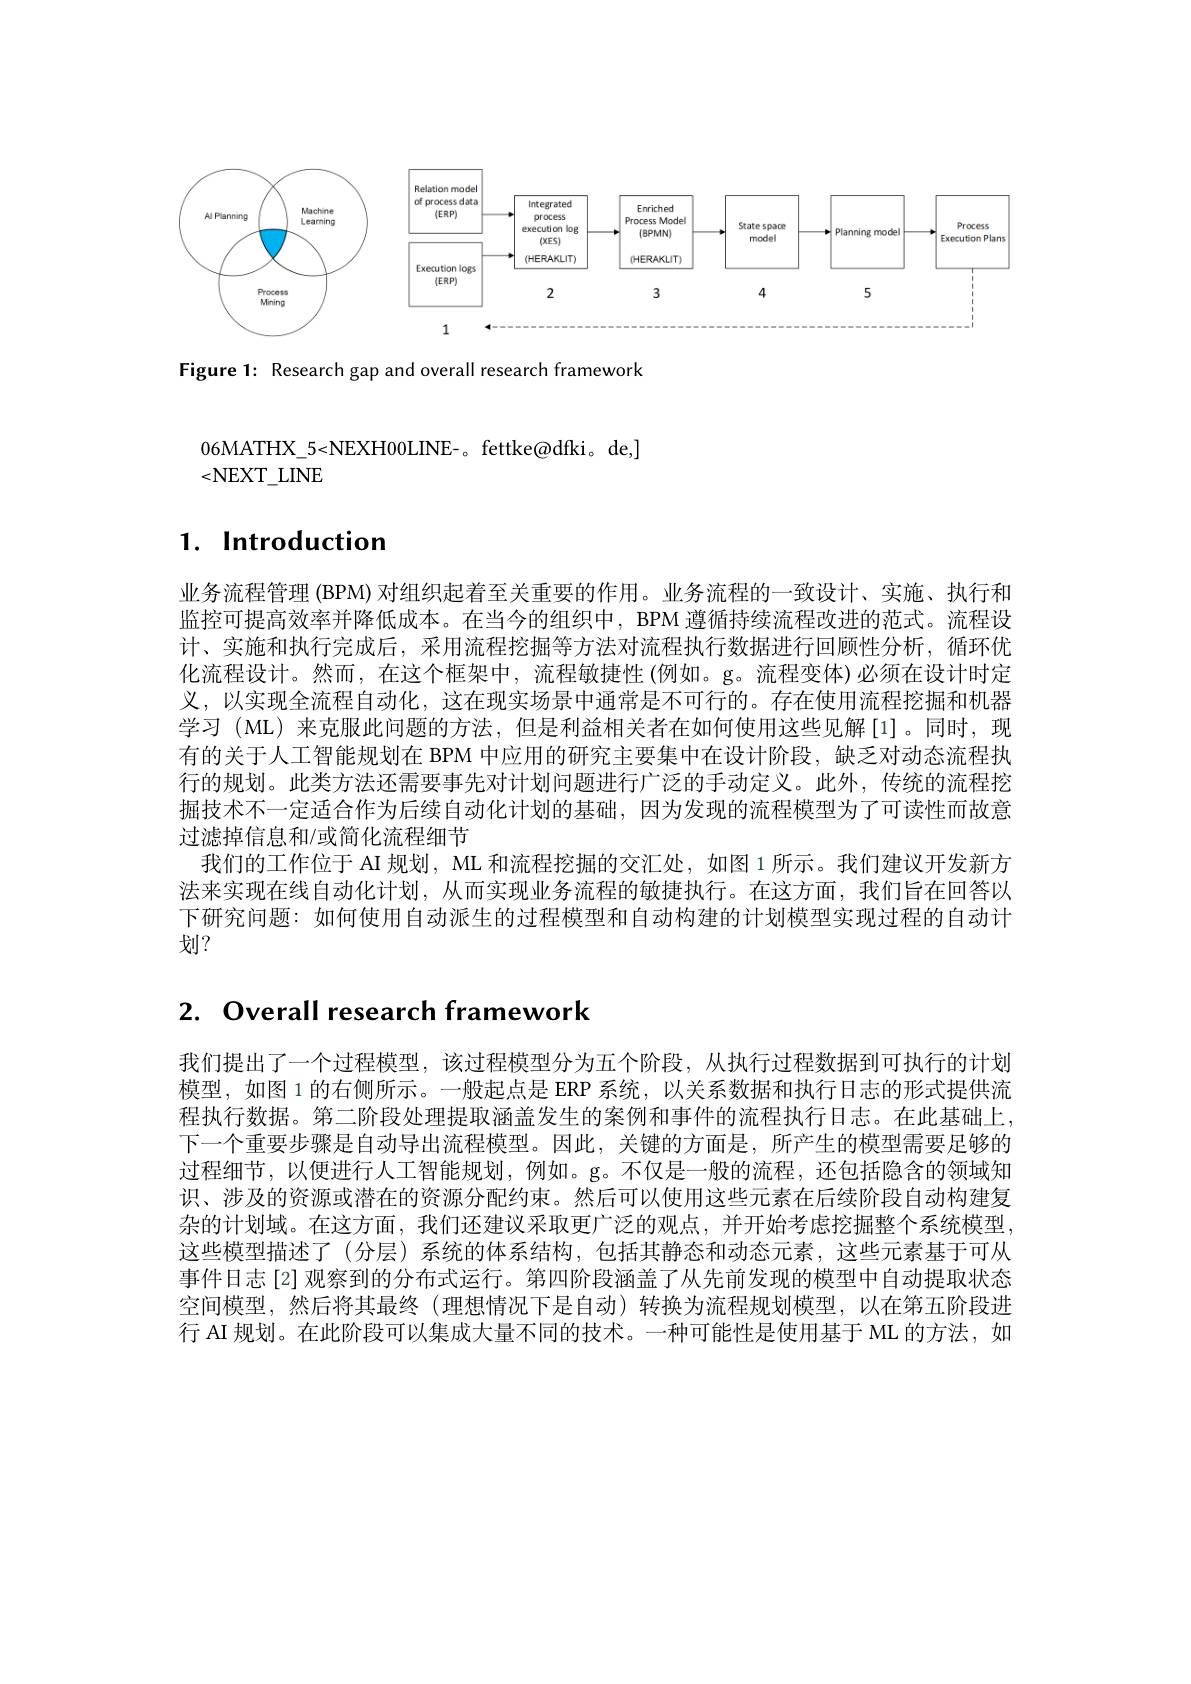
<FigureHere>

Figure 1: Research gap and overall research framework

06MATHX\_5<NEXH00LINE-。fettke@dfki。de,]
<NEXT\_LINE

## $1. \textbf{ Introduction}$

业务流程管理 (BPM) 对组织起着至关重要的作用。业务流程的一致设计、实施、执行和监控可提高效率并降低成本。在当今的组织中，BPM 遵循持续流程改进的范式。流程设计、实施和执行完成后，采用流程挖掘等方法对流程执行数据进行回顾性分析，循环优化流程设计。然而，在这个框架中，流程敏捷性(例如。g。流程变体)必须在设计时定义，以实现全流程自动化，这在现实场景中通常是不可行的。存在使用流程挖掘和机器学习(ML)来克服此问题的方法，但是利益相关者在如何使用这些见解[1]。同时，现有的关于人工智能规划在 BPM 中应用的研究主要集中在设计阶段，缺乏对动态流程执行的规划。此类方法还需要事先对计划问题进行广泛的手动定义。此外，传统的流程挖掘技术不一定适合作为后续自动化计划的基础，因为发现的流程模型为了可读性而故意过滤掉信息和/或简化流程细节
我们的工作位于 AI 规划，ML 和流程挖掘的交汇处，如图 1 所示。我们建议开发新方法来实现在线自动化计划，从而实现业务流程的敏捷执行。在这方面，我们旨在回答以下研究问题：如何使用自动派生的过程模型和自动构建的计划模型实现过程的自动计划？

## 2. Overall research framework

我们提出了一个过程模型，该过程模型分为五个阶段，从执行过程数据到可执行的计划模型，如图 1 的右侧所示。一般起点是 ERP 系统，以关系数据和执行日志的形式提供流程执行数据。第二阶段处理提取涵盖发生的案例和事件的流程执行日志。在此基础上， 下一个重要步骤是自动导出流程模型。因此，关键的方面是，所产生的模型需要足够的过程细节，以便进行人工智能规划，例如。g。不仅是一般的流程，还包括隐含的领域知识、涉及的资源或潜在的资源分配约束。然后可以使用这些元素在后续阶段自动构建复杂的计划域。在这方面，我们还建议采取更广泛的观点，并开始考虑挖掘整个系统模型这些模型描述了(分层)系统的体系结构，包括其静态和动态元素，这些元素基于可从事件日志[2]观察到的分布式运行。第四阶段涵盖了从先前发现的模型中自动提取状态空间模型，然后将其最终(理想情况下是自动)转换为流程规划模型，以在第五阶段进行 AI 规划。在此阶段可以集成大量不同的技术。一种可能性是使用基于 ML 的方法，如